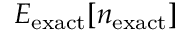
E _ { \mathrm { e x a c t } } [ n _ { \mathrm { e x a c t } } ]